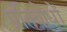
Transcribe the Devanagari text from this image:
प्रतिबोधों